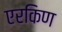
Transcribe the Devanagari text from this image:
एरकिण